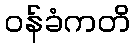
ဝန်ခံကတိ